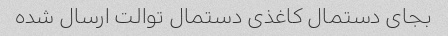
بجای دستمال کاغذی دستمال توالت ارسال شده